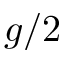
g / 2